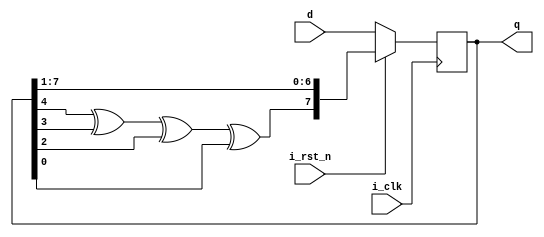
module LFSR(
	input       i_clk,
	input     i_rst_n,
	input     [7:0] d,
	output reg[7:0] q
);
	always@(posedge i_clk)
		if(~i_rst_n)
			q <= d;
		else
			q <= {q[4]^q[3]^q[2]^q[0],q[7:1]};
endmodule